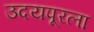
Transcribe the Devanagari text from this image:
उदयपूरला